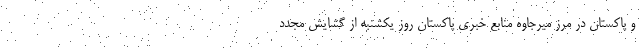
و پاکستان در مرز میرجاوه منابع خبری پاکستان روز یکشنبه از گشایش مجدد